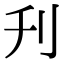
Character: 刋